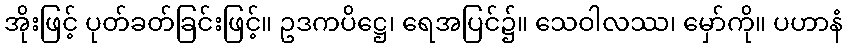
အိုးဖြင့် ပုတ်ခတ်ခြင်းဖြင့်။ ဥဒကပိဋ္ဌေ၊ ရေအပြင်၌။ သေဝါလဿ၊ မှော်ကို။ ပဟာနံ